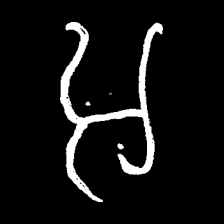
Pyu character \u2014 Myanmar letter: အ (romanized: a)